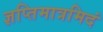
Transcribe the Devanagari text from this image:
ज्ञप्तिमात्रमिदं